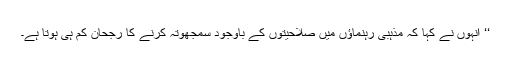
‘‘ انہوں نے کہا کہ مذہبی رہنماؤں میں صلاحیتوں کے باوجود سمجھوتہ کرنے کا رجحان کم ہی ہوتا ہے۔